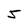
Character: 5